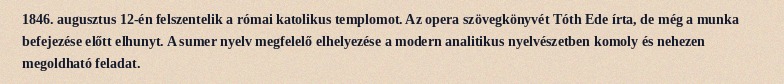
1846. augusztus 12-én felszentelik a római katolikus templomot. Az opera szövegkönyvét Tóth Ede írta, de még a munka befejezése előtt elhunyt. A sumer nyelv megfelelő elhelyezése a modern analitikus nyelvészetben komoly és nehezen megoldható feladat.